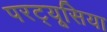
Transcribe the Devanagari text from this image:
परट्यूसिया